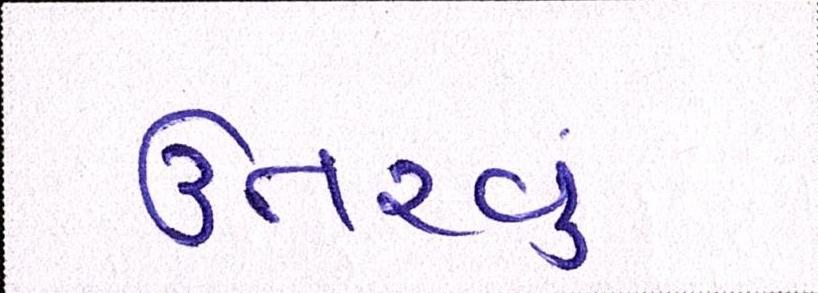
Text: ઉતરવું